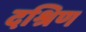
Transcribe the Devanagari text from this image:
दश्रिण